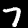
Label: 7